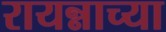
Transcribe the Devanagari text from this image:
रायन्नाच्या